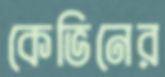
কেভিনের